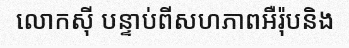
លោកស៊ី បន្ទាប់ពីសហភាពអឺរ៉ុបនិង